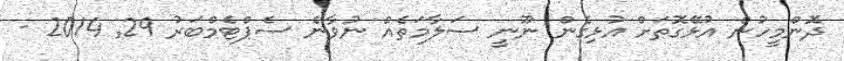
ދޮންމީހުން އުޅޭގޮތަށް އުޅިގެން ނޫނީ ސަލާމަތެއް ނުވާނެ ސެޕްޓެމްބަރު 29